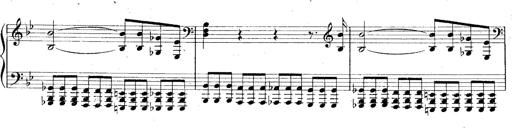
Title: La Marseillaise
Composer: Franz Liszt
Key: B-flat major